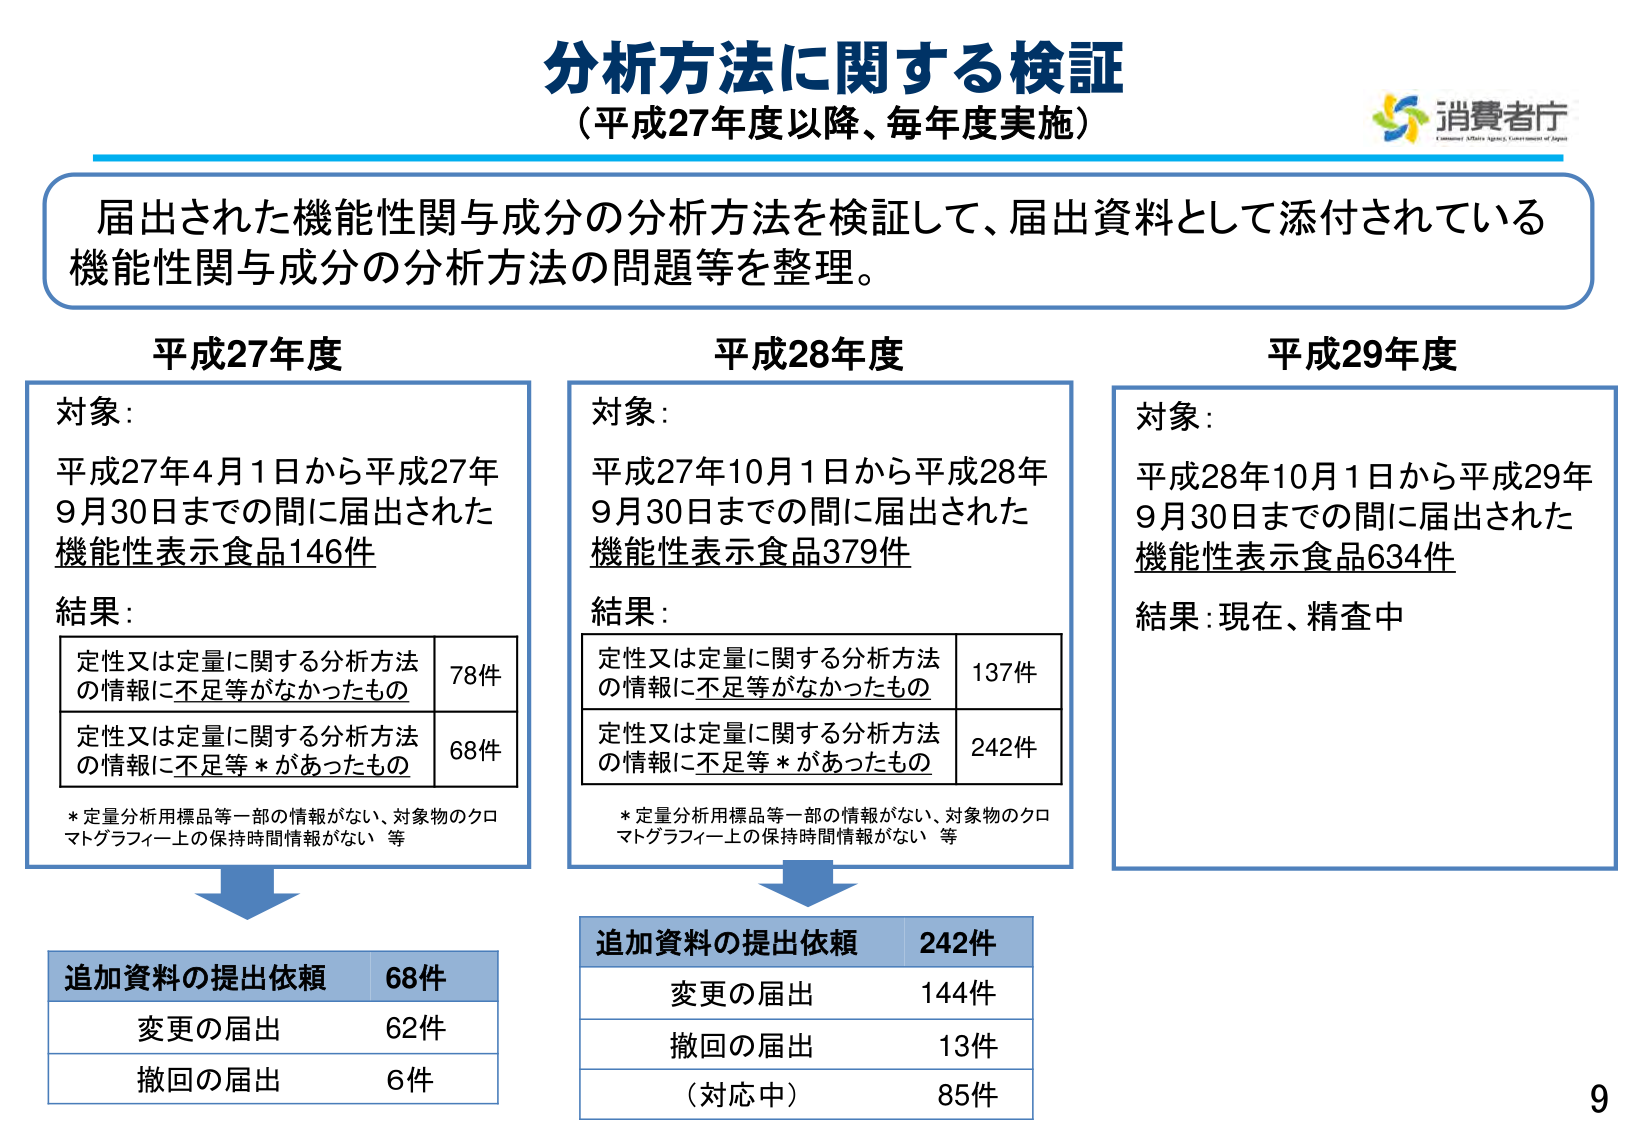
分析方法に関する検証
（平成27年度以降、毎年度実施）

届出された機能性関与成分の分析方法を検証して、届出資料として添付されている
機能性関与成分の分析方法の問題等を整理。

平成27年度
対象：
平成27年4月1日から平成27年
9月30日までの間に届出された
機能性表示食品146件
結果：
定性又は定量に関する分析方法
の情報に不足等がなかったもの　78件
定性又は定量に関する分析方法
の情報に不足等＊があったもの　68件
＊定量分析用標品等一部の情報がない、対象物のクロ
マトグラフィー上の保持時間情報がない　等

平成28年度
対象：
平成27年10月1日から平成28年
9月30日までの間に届出された
機能性表示食品379件
結果：
定性又は定量に関する分析方法
の情報に不足等がなかったもの　137件
定性又は定量に関する分析方法
の情報に不足等＊があったもの　242件
＊定量分析用標品等一部の情報がない、対象物のクロ
マトグラフィー上の保持時間情報がない　等

平成29年度
対象：
平成28年10月1日から平成29年
9月30日までの間に届出された
機能性表示食品634件
結果：現在、精査中

追加資料の提出依頼　68件
変更の届出　62件
撤回の届出　6件

追加資料の提出依頼　242件
変更の届出　144件
撤回の届出　13件
（対応中）　85件

消費者庁
Consumer Affairs Agency, Government of Japan

9